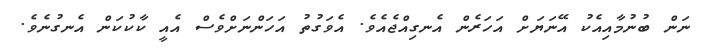
ނަން ބުނުމާއިއެކު އޭނަޔަށް އަހަރެން އެނގިއްޖެއެވެ. އެވަގުތު އަހަންނަށްވެސް އެއީ ކާކުކަން އެނގުނެވެ.